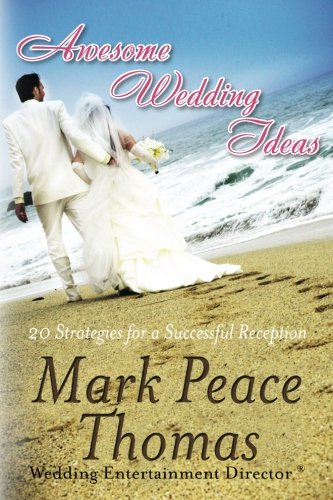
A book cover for Awesome Wedding Ideas: 20 Strategies for a Successful Reception (Black and White Standard Edition); Mark Peace Thomas; Crafts, Hobbies & Home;